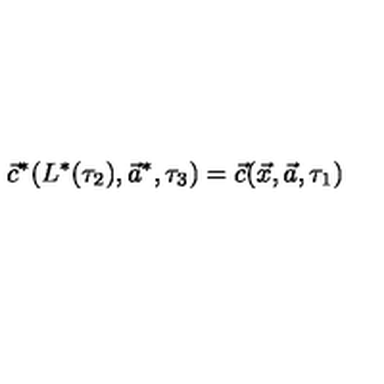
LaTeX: \vec { c } ^ { * } ( L ^ { * } ( \tau _ { 2 } ) , \vec { a } ^ { * } , \tau _ { 3 } ) = \vec { c } ( \vec { x } , \vec { a } , \tau _ { 1 } )